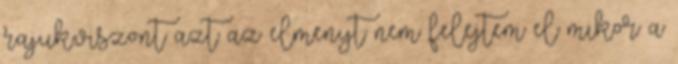
rajuk.viszont azt az elmenyt nem felejtem el mikor a